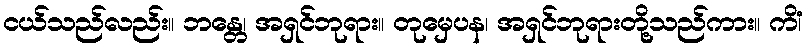
ငယ်သည်လည်း။ ဘန္တေ၊ အရှင်ဘုရား။ တုမှေပန၊ အရှင်ဘုရားတို့သည်ကား။ ကိံ၊